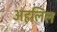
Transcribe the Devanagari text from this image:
अहलिल